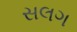
સલગ